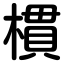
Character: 樌